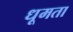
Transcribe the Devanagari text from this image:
धूमता